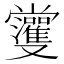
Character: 𱑾